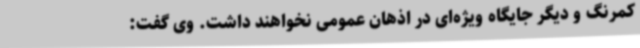
کمرنگ و دیگر جایگاه ویژه‌ای در اذهان عمومی نخواهند داشت. وی گفت: